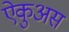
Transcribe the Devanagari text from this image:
ऐकुअस